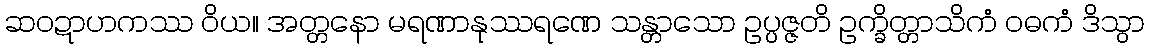
ဆဝဍာဟကဿ ဝိယ။ အတ္တနော မရဏာနုဿရဏေ သန္တာသော ဥပ္ပဇ္ဇတိ ဥက္ခိတ္တာသိကံ ဝဓကံ ဒိသွာ